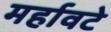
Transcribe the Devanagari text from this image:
मर्हावटे